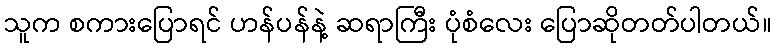
သူက စကားပြောရင် ဟန်ပန်နဲ့ ဆရာကြီး ပုံစံလေး ပြောဆိုတတ်ပါတယ်။